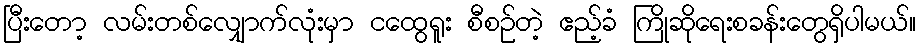
ပြီးတော့ လမ်းတစ်လျှောက်လုံးမှာ ငထွေရူး စီစဉ်တဲ့ ဧည့်ခံ ကြိုဆိုရေးစခန်းတွေရှိပါမယ်။